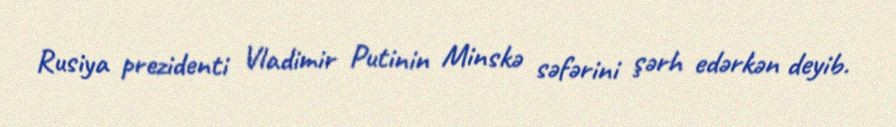
Rusiya prezidenti Vladimir Putinin Minskə səfərini şərh edərkən deyib.